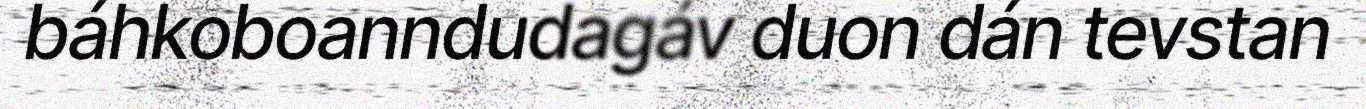
báhkoboanndudagáv duon dán tevstan